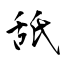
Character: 舐